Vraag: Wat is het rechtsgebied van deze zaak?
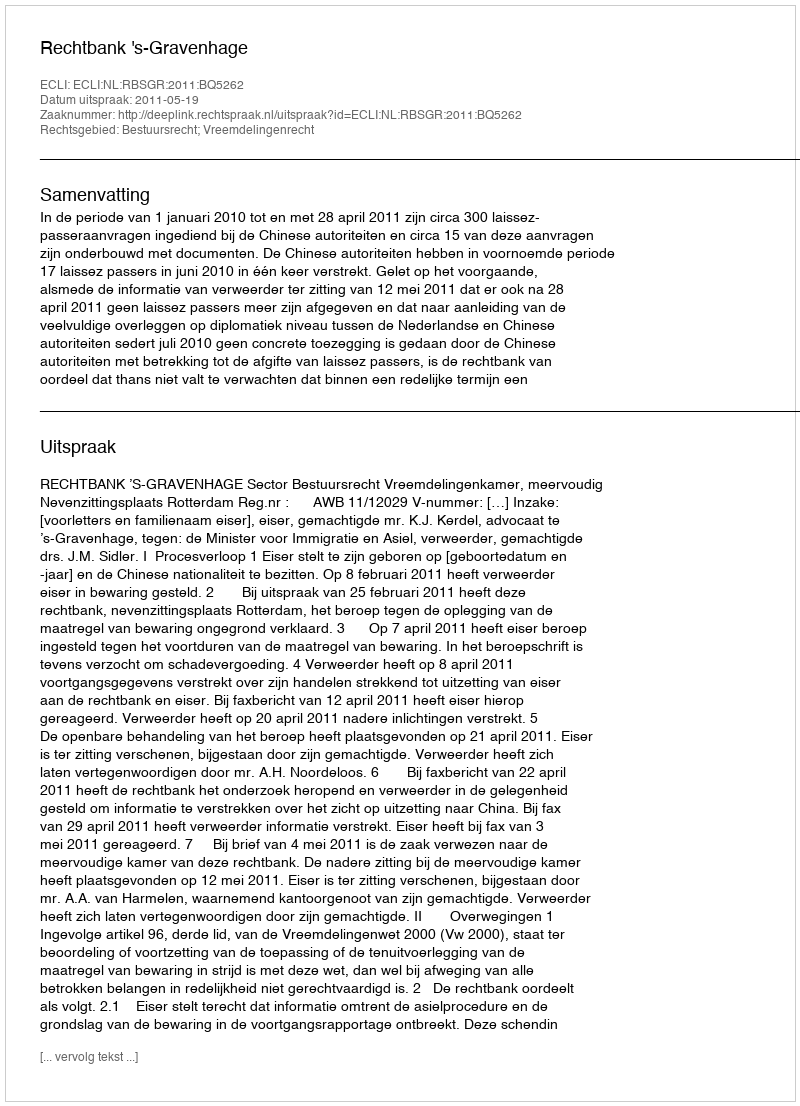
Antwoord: Bestuursrecht; Vreemdelingenrecht